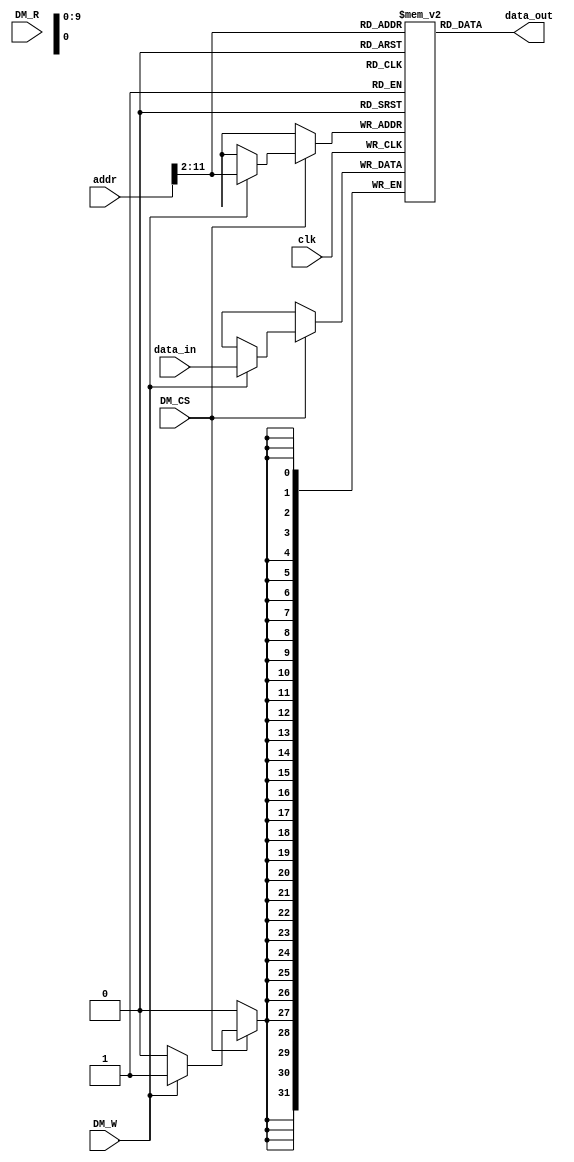
`timescale 1ns / 1ps
//////////////////////////////////////////////////////////////////////////////////
// Company: 
// Engineer: 
// 
// Design Name: 
// Module Name:    DMEM 
// Project Name: 
// Target Devices: 
// Tool versions: 
// Description: 
//
// Dependencies: 
//
// Revision: 
// Revision 0.01 - File Created
// Additional Comments: 
//
//////////////////////////////////////////////////////////////////////////////////
module DMEM #(parameter DEPTH=1024)(
    input clk,
	 input DM_CS,
    input DM_R,
    input DM_W,
    input [31:0] addr,
    input [31:0] data_in,
    output [31:0] data_out
    );
	 reg [31:0] array_reg [DEPTH-1:0];
	 assign data_out = array_reg[addr[31:2]];
	 
	 always @(posedge clk)
	 if(DM_CS)
	 begin
	 
	 if(DM_W)
		begin
		array_reg[addr[31:2]] = data_in;
	   // if(DM_R)
		//data_out = array_reg[addr[31:2]];
		end
		 
	 end
	 
	 //file_write#(32,"ram920")fw_dmem920(clk,array_reg[398]);
	 //file_write#(32,"ram")fw_dmem921(clk,array_reg[399]);


endmodule